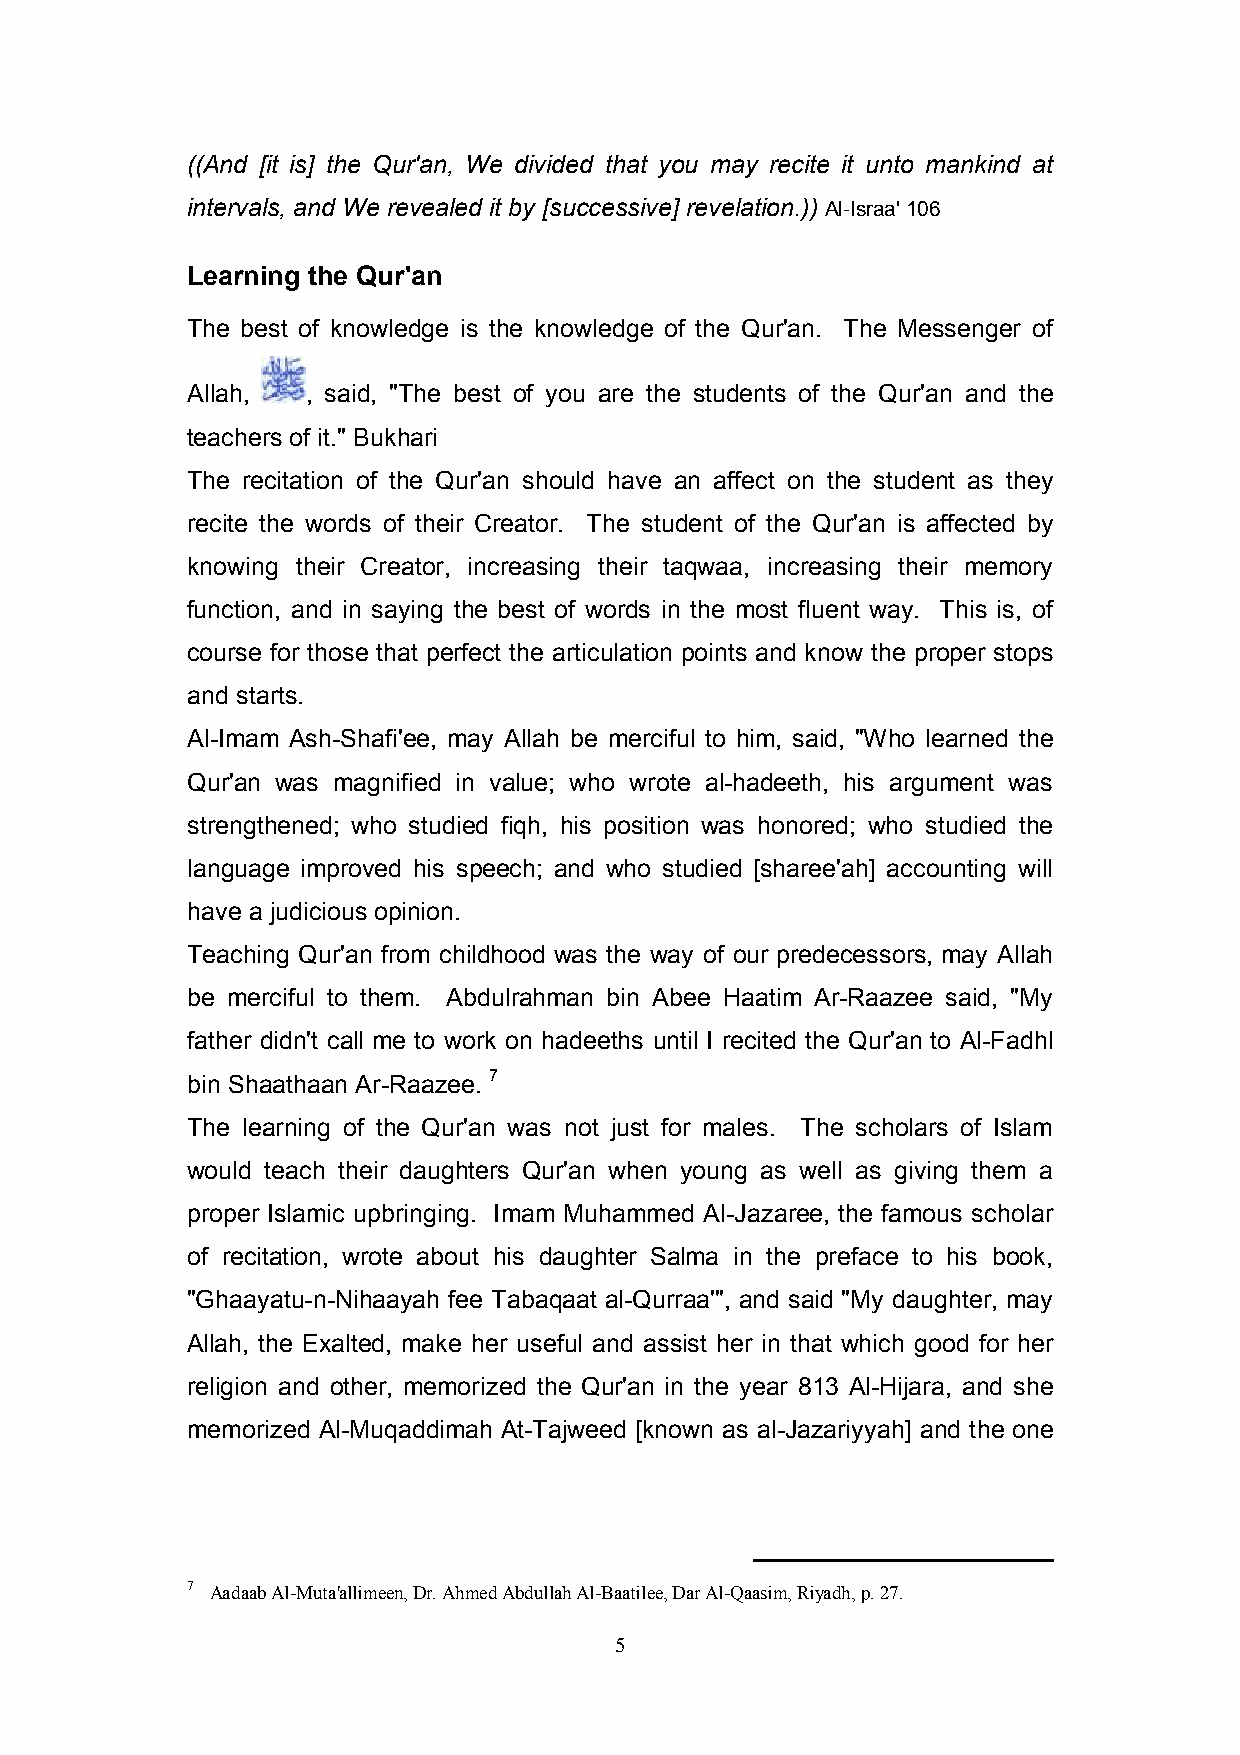
((And [it is] the Qur’an, We divided that you may recite it unto mankind at
 intervals, and We revealed it by [successive] revelation.)) Al-Israa’ 106
 Learning the Qur’an
 The best of knowledge is the knowledge of the Qur’an. The Messenger of
 Allah,  , said, "The best of you are the students of the Qur’an and the
 teachers of it." Bukhari
 The recitation of the Qur’an should have an affect on the student as they
 recite the words of their Creator. The student of the Qur’an is affected by
 knowing their Creator, increasing their taqwaa, increasing their memory
 function, and in saying the best of words in the most fluent way. This is, of
 course for those that perfect the articulation points and know the proper stops
 and starts.
 Al-Imam Ash-Shafi’ee, may Allah be merciful to him, said, "Who learned the
 Qur’an was magnified in value; who wrote al-hadeeth, his argument was
 strengthened; who studied fiqh, his position was honored; who studied the
 language improved his speech; and who studied [sharee’ah] accounting will
 have a judicious opinion.
 Teaching Qur’an from childhood was the way of our predecessors, may Allah
 be merciful to them. Abdulrahman bin Abee Haatim Ar-Raazee said, "My
 father didn’t call me to work on hadeeths until I recited the Qur’an to Al-Fadhl
 bin Shaathaan Ar-Raazee. 7
 The learning of the Qur’an was not just for males. The scholars of Islam
 would teach their daughters Qur’an when young as well as giving them a
 proper Islamic upbringing. Imam Muhammed Al-Jazaree, the famous scholar
 of recitation, wrote about his daughter Salma in the preface to his book,
 "Ghaayatu-n-Nihaayah fee Tabaqaat al-Qurraa’", and said "My daughter, may
 Allah, the Exalted, make her useful and assist her in that which good for her
 religion and other, memorized the Qur’an in the year 813 Al-Hijara, and she
 memorized Al-Muqaddimah At-Tajweed [known as al-Jazariyyah] and the one
 7 Aadaab Al-Muta’allimeen, Dr. Ahmed Abdullah Al-Baatilee, Dar Al-Qaasim, Riyadh, p. 27.
 5